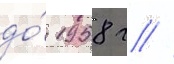
до́ 1958 г //